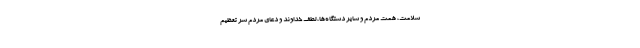
سلامت، همت مردم و سایر دستگاه‌ها، لطف خداوند و دعای مردم سر تعظیم